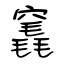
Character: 竁